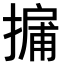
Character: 𢳹